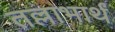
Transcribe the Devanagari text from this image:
तल्लाभार्थं